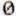
0